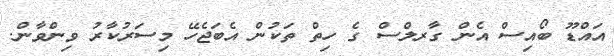
އައްޑޫ ބޯއިސް އެން ގާރލްސް ގެ ހިތް ތަކުން އެބަޖެހޭ މިސަރުކާރު ވިންވާން.